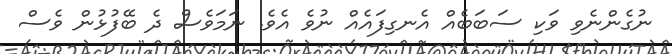
ނުގެންނެވި ވަކި ސަބަބެއް އެނގިފައެއް ނުވެ އެވެ. ނަމަވެސް ދެ ބޭފުޅުން ވެސް